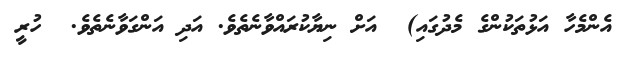
އެންމެހާ އަޅުތަކުންގެ މެދުގައި)  އަށް ނިޔާކުރައްވާނެތެވެ. އަދި އަންގަވާނެތެވެ.  ހުރީ